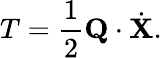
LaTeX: T=\frac{1}{2}{\mathbf Q}\cdot{\dot{\mathbf X}}.